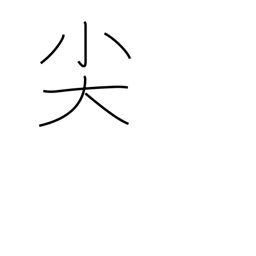
Meaning: be pointed